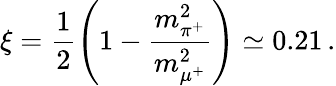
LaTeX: \xi=\frac{1}{2}\left(1-\frac{m_{\pi^{+}}^{2}}{m_{\mu^{+}}^{2}}\right)\simeq 0.21\, .